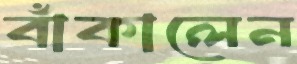
বাঁকালেন